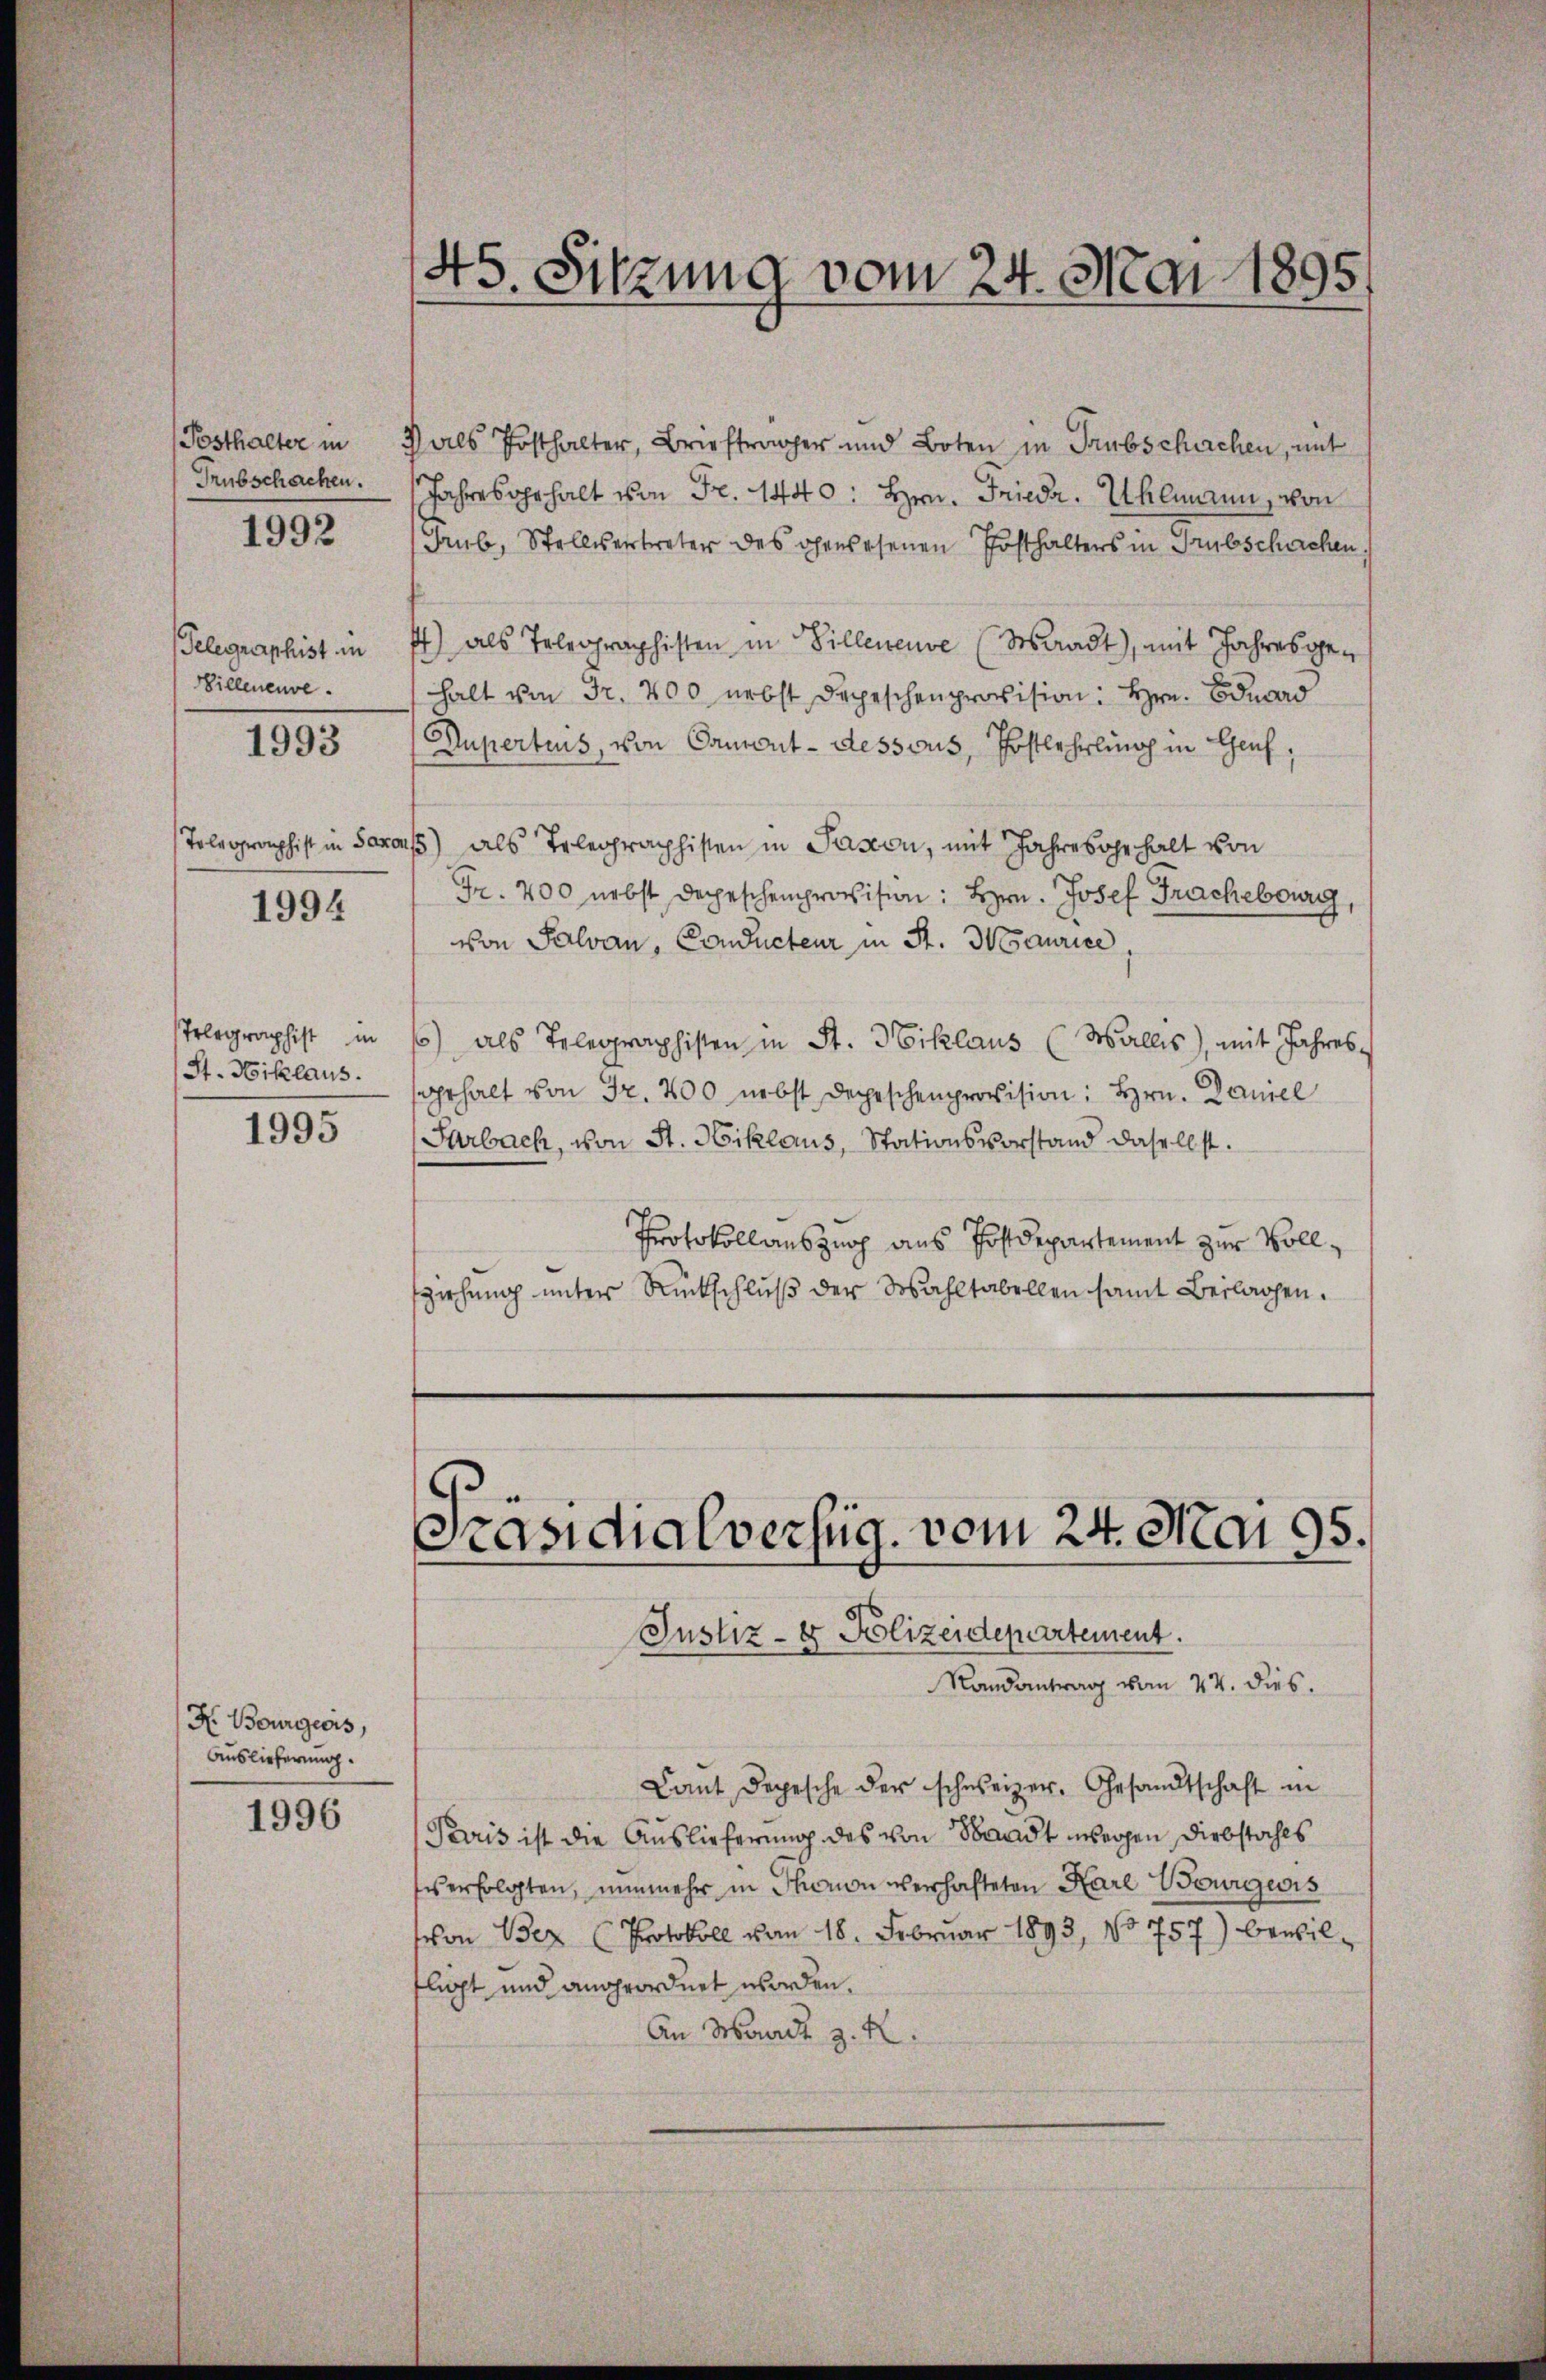
Posthalter in
Trubschachen.
Telegraphist in
Billeneuve
1993

1992

Telegraphist in Sane

1994

Telegraphist in
St. Niklaus.

1995

H. Bourgeois,
Auslieferung.

1996

45. Sitzung vom 24. Mai 1895.

2) als Posthalter, Brieftrager und Boten in Trubschachen, mit
Jahreserhalt von Fr. 1440: Hrn. Frieda. Uhlmann, von
Grub, Stellvertreter des gewesenen Posthalters in Trübschachen,
) als Telegraphisten in Villeneuve (Waadt), mit Jahresgehalt von Fr. 200 nebst Depeschenprovision: Hrn. Eduard
Dupertuis, von Camont-dessous, Postlehrling in Genf,
as) als Telegraphisten in Paston, mit Jahresgehalt von
Fr. 200 nebst Depeschenprovision: Hrn. Josef Frachebourg,
von Salvan, Conducteur in St. Maurice,
) als Telegraphisten in St. Niklaus (Wallis), mit Jahres-
gehalt von Fr. 200 nebst Depeschenprovision: Hrn. Daniel
Sarbach, von St. Niklaus, Stationsvorstand daselbst.
Protokollauszug aus Postdepartement zur Vollziehung unter Rückschluß der Wahltabellen samt Beilagen.

Präsidialverfüg, vom 24. Mai 95.

Justiz- & Polizeidepartement.
Randantrag vom 27. dies.
Lant Depesche der schweizer. Gesandtschaft in
Paris ist die Auslieferung des von Standt wegen Diebstahls
vs erfolgten, nunmehr in Thonon verhafteten Karl Bourgeois
von Bez (Protokoll vom 18. Februar 1893, No 757) bewillicht und angeordnet worden.
An Waadt z. R.